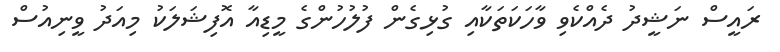
ރައީސް ނަޝީދު ދެއްކެވި ވާހަކަތަކާއި ގުޅިގެން ފުލުހުންގެ މީޑިއާ އޮފިޝަލަކު މިއަދު ވީނިއުސް